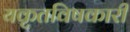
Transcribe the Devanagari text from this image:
यकृतविषकारी